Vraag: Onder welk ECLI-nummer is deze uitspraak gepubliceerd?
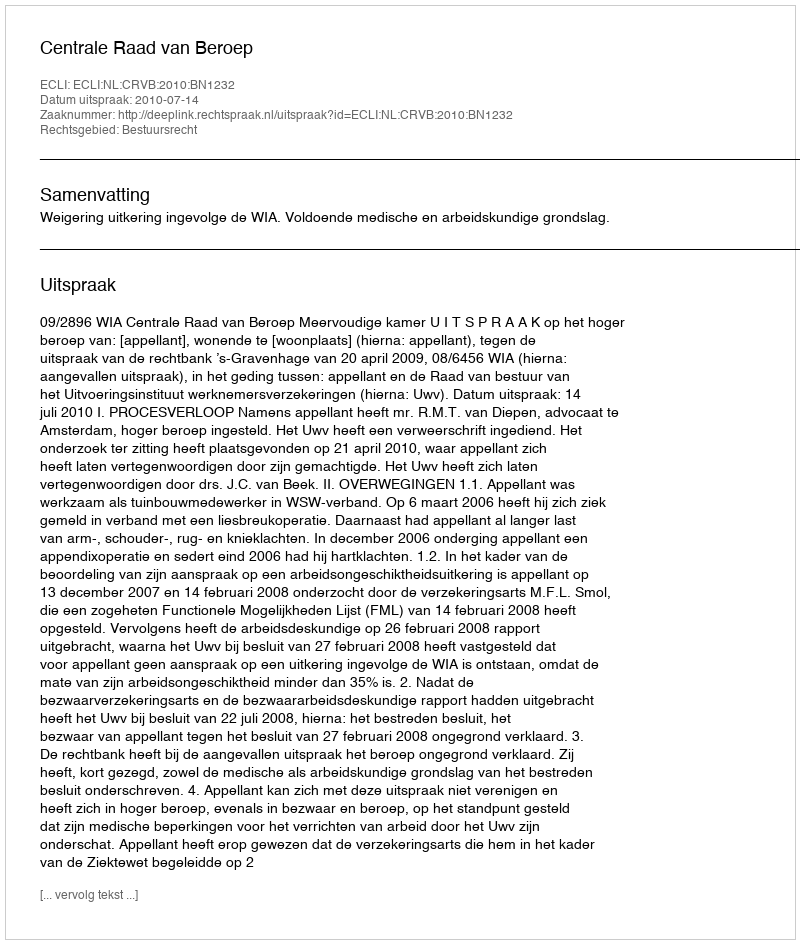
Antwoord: ECLI:NL:CRVB:2010:BN1232